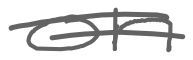
Text: on
Cross-out: mix
Writing tool: digital_gray